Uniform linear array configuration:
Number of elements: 12
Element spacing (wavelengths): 0.5
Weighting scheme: blackman
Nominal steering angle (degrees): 0
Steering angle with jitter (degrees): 0.9598
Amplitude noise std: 0.05
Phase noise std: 0.05

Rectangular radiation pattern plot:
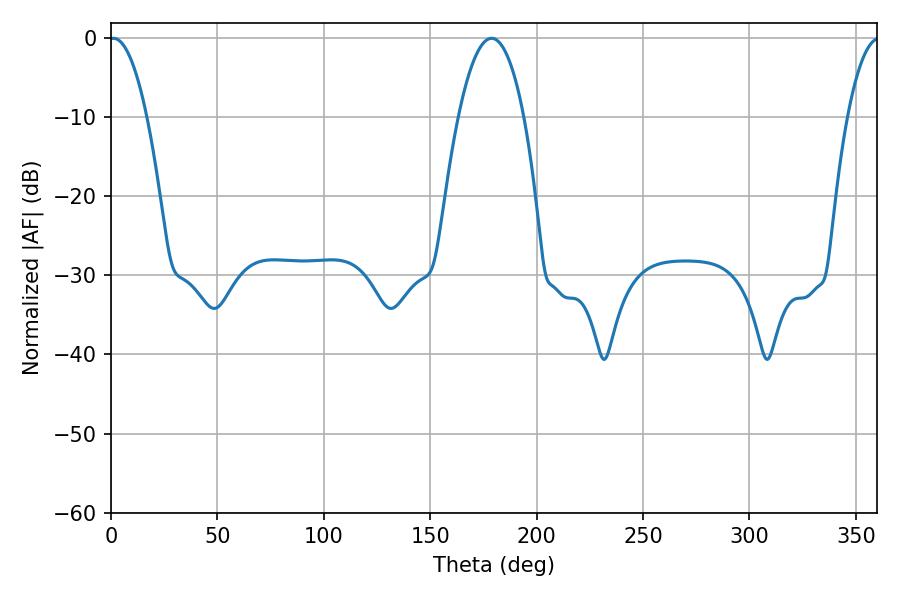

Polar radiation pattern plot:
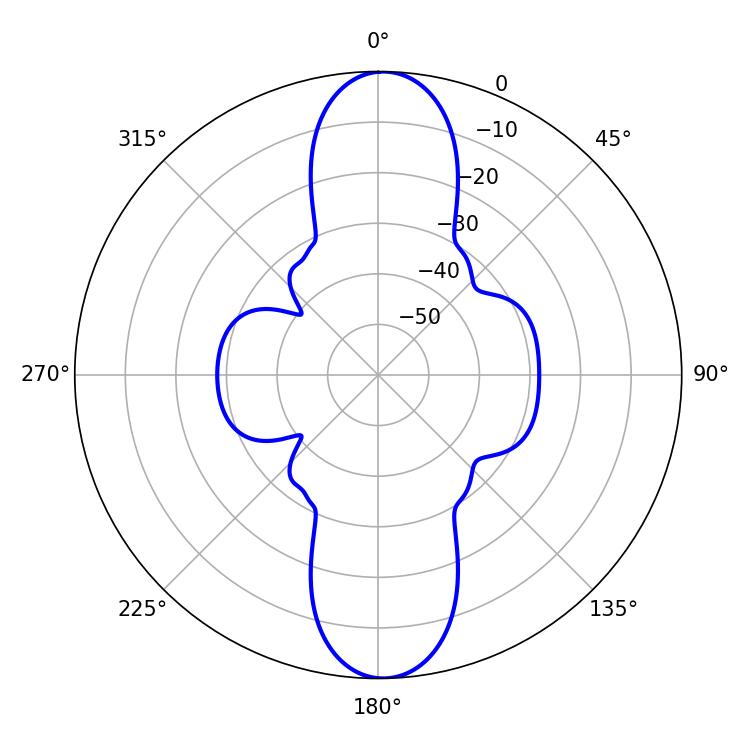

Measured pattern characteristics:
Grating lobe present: FALSE
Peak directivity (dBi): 21.163
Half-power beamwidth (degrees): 16.92
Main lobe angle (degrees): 178.92